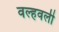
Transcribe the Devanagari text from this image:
वल्हवली